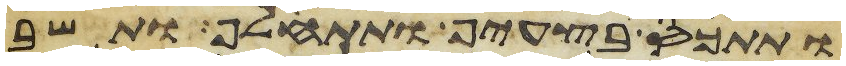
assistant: ותתכס בצעיף ותתעלף ותשב